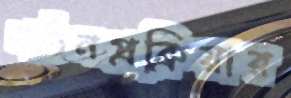
গঠনপ্রক্রিয়ার